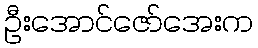
ဦးအောင်ဇော်အေးက